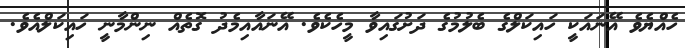
ހެއްޔެވެ އޭނައަކީ ހައިކަލްގެ ބެލުމުގެ ދަށުގައިވާ މީހެކެވެ. އޭނައާއިމެދު ގޮތެއް ނިންމާނީ ހައިކަލްއެވެ.